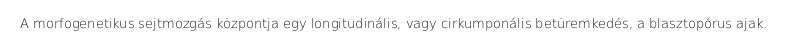
A morfogenetikus sejtmozgás központja egy longitudinális, vagy cirkumponális betüremkedés, a blasztopórus ajak.